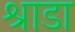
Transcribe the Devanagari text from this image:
श्राडा